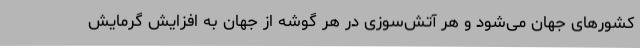
کشورهای جهان می‌شود و هر آتش‌سوزی در هر گوشه از جهان به افزایش گرمایش